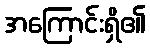
အကြောင်းရှိ၏